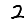
Digit: 2